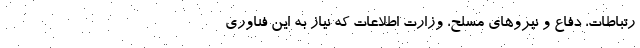
رتباطات، دفاع و نیروهای مسلح، وزارت اطلاعات که نیاز به این فناوری